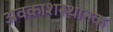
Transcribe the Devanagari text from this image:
अवकाशस्थानक